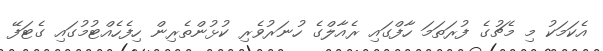
އެކަމަކު މި މެޗުގެ ފުރަތަމަ ހާފްގައި ރެއާލްގެ ހުނަރުވެރި ކުޅުންތެރިން ހިފެހެއްޓުމުގައި ގެޓަފޭ